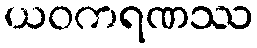
ယဝကရဏဿ